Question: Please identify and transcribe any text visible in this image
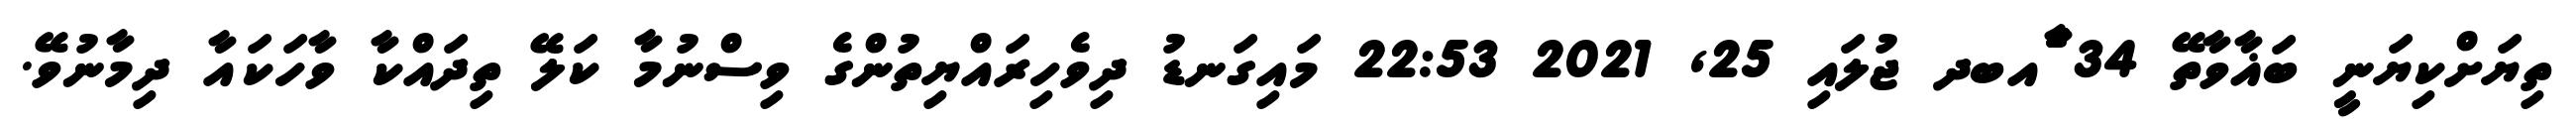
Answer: ތިޔަށްކިޔަނީ ބަޣާވާތޭ 34 ާަެެައބދ ޖުލައި 25, 2021 22:53 މައިގަނޑު ދިވެހިރައްޔިތުންގެ ވިސްނުމާ ކަލޭ ތިދައްކާ ވާހަކައާ ދިމާނުވޭ.